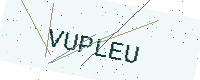
Text: VUPLEU